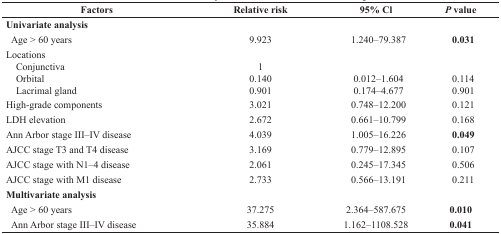
<table><thead><tr><td><b>Factors</b></td><td><b>Relative risk</b></td><td><b>95% Cl</b></td><td><b><i>P</i> value</b></td></tr></thead><tbody><tr><td><b>Univariate analysis</b></td><td></td><td></td><td></td></tr><tr><td> Age &gt; 60 years</td><td>9.923</td><td>1.240–79.387</td><td><b>0.031</b></td></tr><tr><td>Locations</td><td></td><td></td><td></td></tr><tr><td> Conjunctiva</td><td>1</td><td></td><td></td></tr><tr><td> Orbital</td><td>0.140</td><td>0.012–1.604</td><td>0.114</td></tr><tr><td> Lacrimal gland</td><td>0.901</td><td>0.174–4.677</td><td>0.901</td></tr><tr><td>High-grade components</td><td>3.021</td><td>0.748–12.200</td><td>0.121</td></tr><tr><td>LDH elevation</td><td>2.672</td><td>0.661–10.799</td><td>0.168</td></tr><tr><td>Ann Arbor stage III–IV disease</td><td>4.039</td><td>1.005–16.226</td><td><b>0.049</b></td></tr><tr><td>AJCC stage T3 and T4 disease</td><td>3.169</td><td>0.779–12.895</td><td>0.107</td></tr><tr><td>AJCC stage with N1–4 disease</td><td>2.061</td><td>0.245–17.345</td><td>0.506</td></tr><tr><td>AJCC stage with M1 disease</td><td>2.733</td><td>0.566–13.191</td><td>0.211</td></tr><tr><td><b>Multivariate analysis</b></td><td></td><td></td><td></td></tr><tr><td> Age &gt; 60 years</td><td>37.275</td><td>2.364–587.675</td><td><b>0.010</b></td></tr><tr><td> Ann Arbor stage III–IV disease</td><td>35.884</td><td>1.162–1108.528</td><td><b>0.041</b></td></tr></tbody></table>